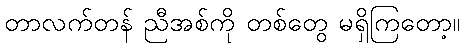
တာလက်တန် ညီအစ်ကို တစ်တွေ မရှိကြတော့။